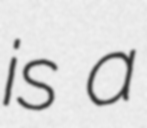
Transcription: is a